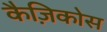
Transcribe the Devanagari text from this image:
कैज़िकोस